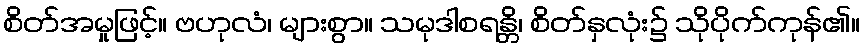
စိတ်အမှုဖြင့်။ ဗဟုလံ၊ များစွာ။ သမုဒါစရန္တိ၊ စိတ်နှလုံး၌ သိုပိုက်ကုန်၏။